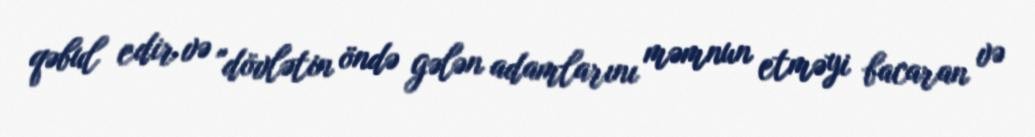
qəbul edir və "dövlətin öndə gələn adamlarını məmnun etməyi bacaran və